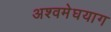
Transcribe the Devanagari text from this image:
अश्वमेघयाग